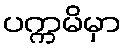
ပက္ကမိမှာ